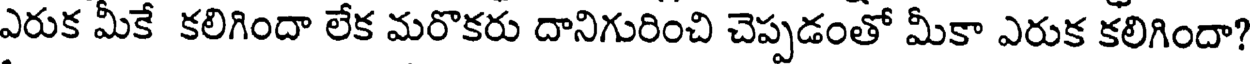
ఎరుక మీకే కలిగిందా లేక మరొకరు దానిగురించి చెప్పడంతో మీకా ఎరుక కలిగిందా?